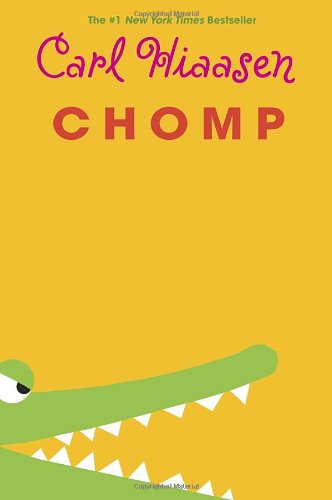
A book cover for Chomp; Carl Hiaasen; Children's Books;